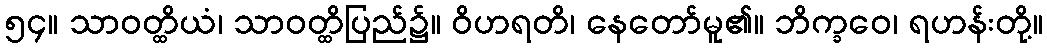
၅၄။ သာဝတ္ထိယံ၊ သာဝတ္ထိပြည်၌။ ဝိဟရတိ၊ နေတော်မူ၏။ ဘိက္ခဝေ၊ ရဟန်းတို့။